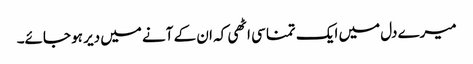
میرے دل میں ایک تمنا سی اٹھی کہ ان کے آنے میں دیر ہو جائے۔